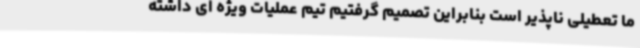
ما تعطیلی ناپذیر است بنابراین تصمیم گرفتیم تیم عملیات ویژه ای داشته